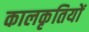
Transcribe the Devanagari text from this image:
कालकृतियों